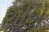
શીશ